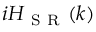
i H _ { \mathrm { ~ S ~ R ~ } } ( k )